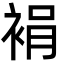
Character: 裐